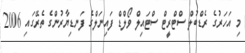
މި އަހަރުގެ ރެޑްބުލް ސްޓްރީޓް ސްޓައިލް ވޯލްޑް ފައިނަލްގެ ފަނޑިޔާރުންގެ ތެރޭގައި 2006